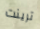
ترينت